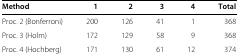
<table><thead><tr><td><b>Method</b></td><td><b>1</b></td><td><b>2</b></td><td><b>3</b></td><td><b>4</b></td><td><b>Total</b></td></tr></thead><tbody><tr><td>Proc. 2 (Bonferroni)</td><td>200</td><td>126</td><td>41</td><td>1</td><td>368</td></tr><tr><td>Proc. 3 (Holm)</td><td>172</td><td>129</td><td>58</td><td>9</td><td>368</td></tr><tr><td>Proc. 4 (Hochberg)</td><td>171</td><td>130</td><td>61</td><td>12</td><td>374</td></tr></tbody></table>